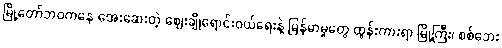
မြို့တော်ဘဝကနေ အေးဆေးတဲ့ ဈေးချိုရောင်းဝယ်ရေးနဲ့ မြန်မာမှုတွေ ထွန်းကားရာ မြို့ကြီး၊ စစ်ဘေး